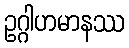
ဥဂ္ဂါဟမာနဿ